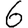
Digit: 6